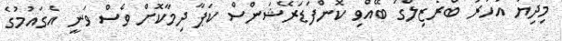
މިދިޔަ އަހަރު ބްރެޒިލްގަ ބޭއްވި ކޮންފަޑަރޭޝަންސް ކަޕާ ދިމާކޮށް ވެސް ވަނީ އެގައުމުގެ